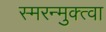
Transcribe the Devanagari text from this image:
स्मरन्मुक्त्वा